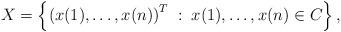
LaTeX: \begin{align*}X = \left\{ \left(x(1),\dots,x(n)\right)^T \; : \; x(1),\dots,x(n) \in C \right\},\end{align*}